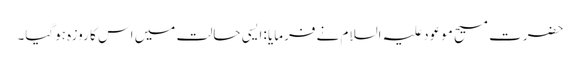
حضرت مسیح موعود علیہ السلام نے فرمایا :ایسی حالت میں اس کا روزہ ہوگیا۔